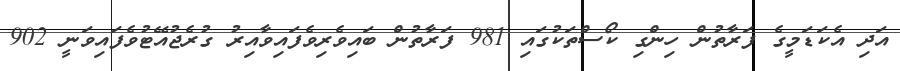
އަދި އެކަޑަމީގެ ފަރާތުން ހިންގި ކޯސްތަކުގައި 981 ފަރާތުން ބައިވެރިވެފައިވާއިރު ގުރެޖުއޭޓުވެފައިވަނީ 902